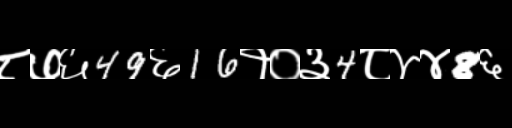
Text: ८७६49६16१०३4८४४8६